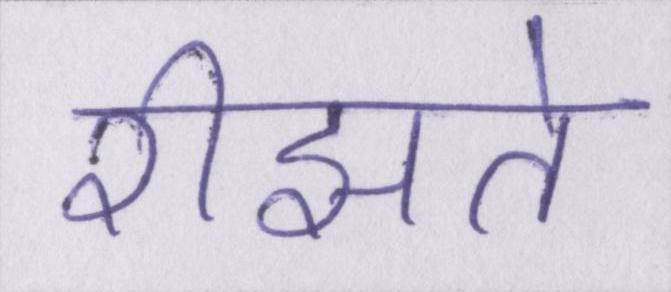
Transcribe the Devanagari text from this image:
रीझते